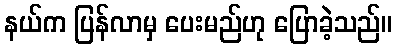
နယ်က ပြန်လာမှ ပေးမည်ဟု ပြောခဲ့သည်။